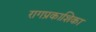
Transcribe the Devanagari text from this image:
रागप्रकाशिका